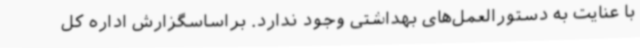
با عنایت به دستورالعمل‌های بهداشتی وجود ندارد. براساسگزارش اداره کل